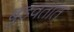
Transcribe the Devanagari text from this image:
बुडवतात